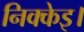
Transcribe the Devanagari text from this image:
निक्केइ।